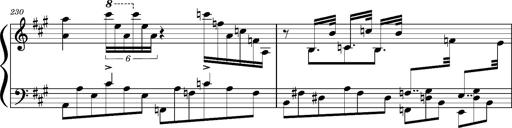
Title: Concerto sans orchestre, S.524a
Composer: Franz Liszt
Key: A major